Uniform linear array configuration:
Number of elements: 48
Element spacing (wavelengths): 0.75
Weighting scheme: cosine
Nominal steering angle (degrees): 60
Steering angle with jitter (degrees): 59.204
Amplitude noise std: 0.05
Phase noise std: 0.05

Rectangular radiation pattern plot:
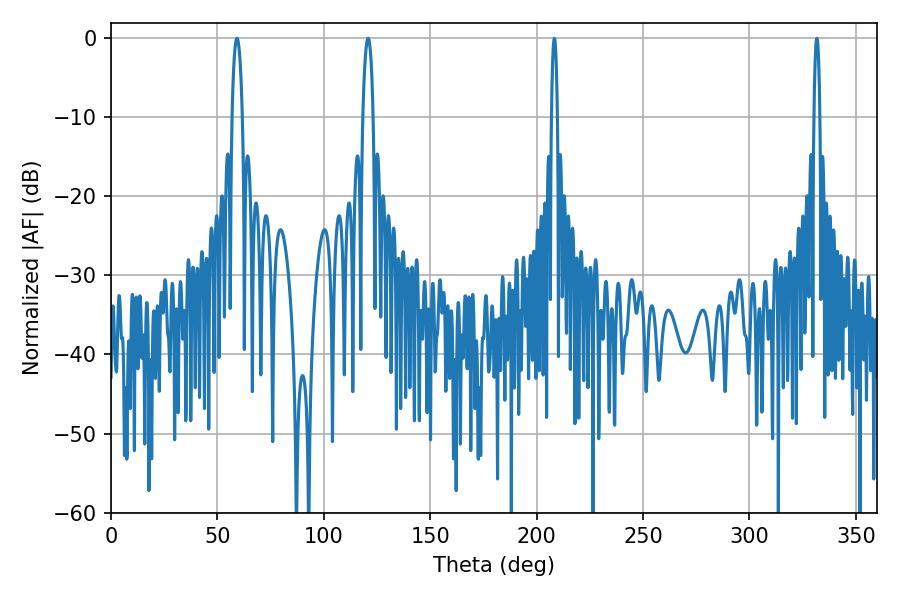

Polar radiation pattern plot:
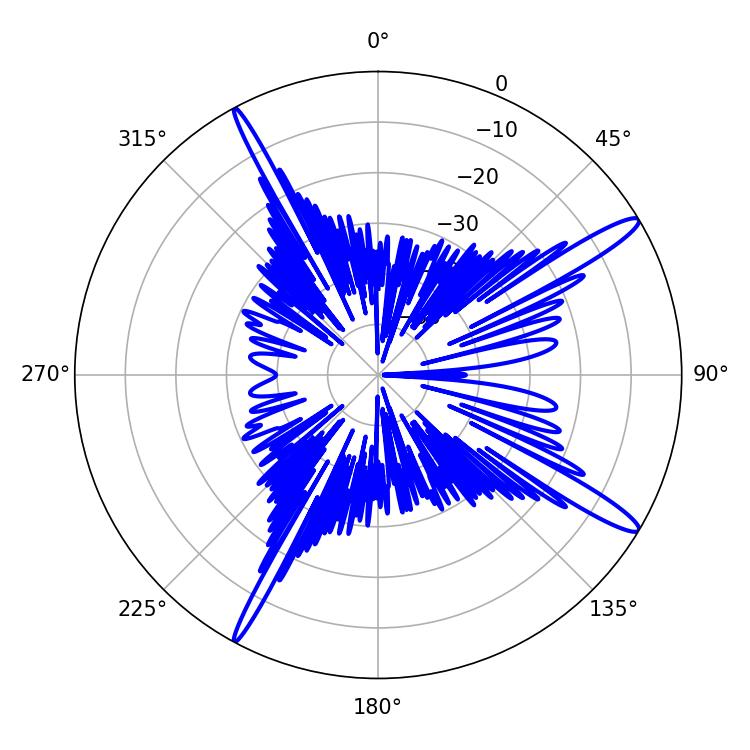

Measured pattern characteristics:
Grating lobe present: TRUE
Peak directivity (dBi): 14.979
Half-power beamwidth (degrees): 2.52
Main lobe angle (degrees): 59.22